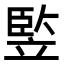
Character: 𥪡